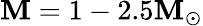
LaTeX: \mathbf{M}=1-2.5\mathbf{M}_{\odot}